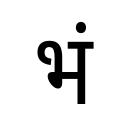
OCR:
भं